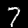
Digit: 7